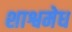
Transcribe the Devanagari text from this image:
शाश्वमेध